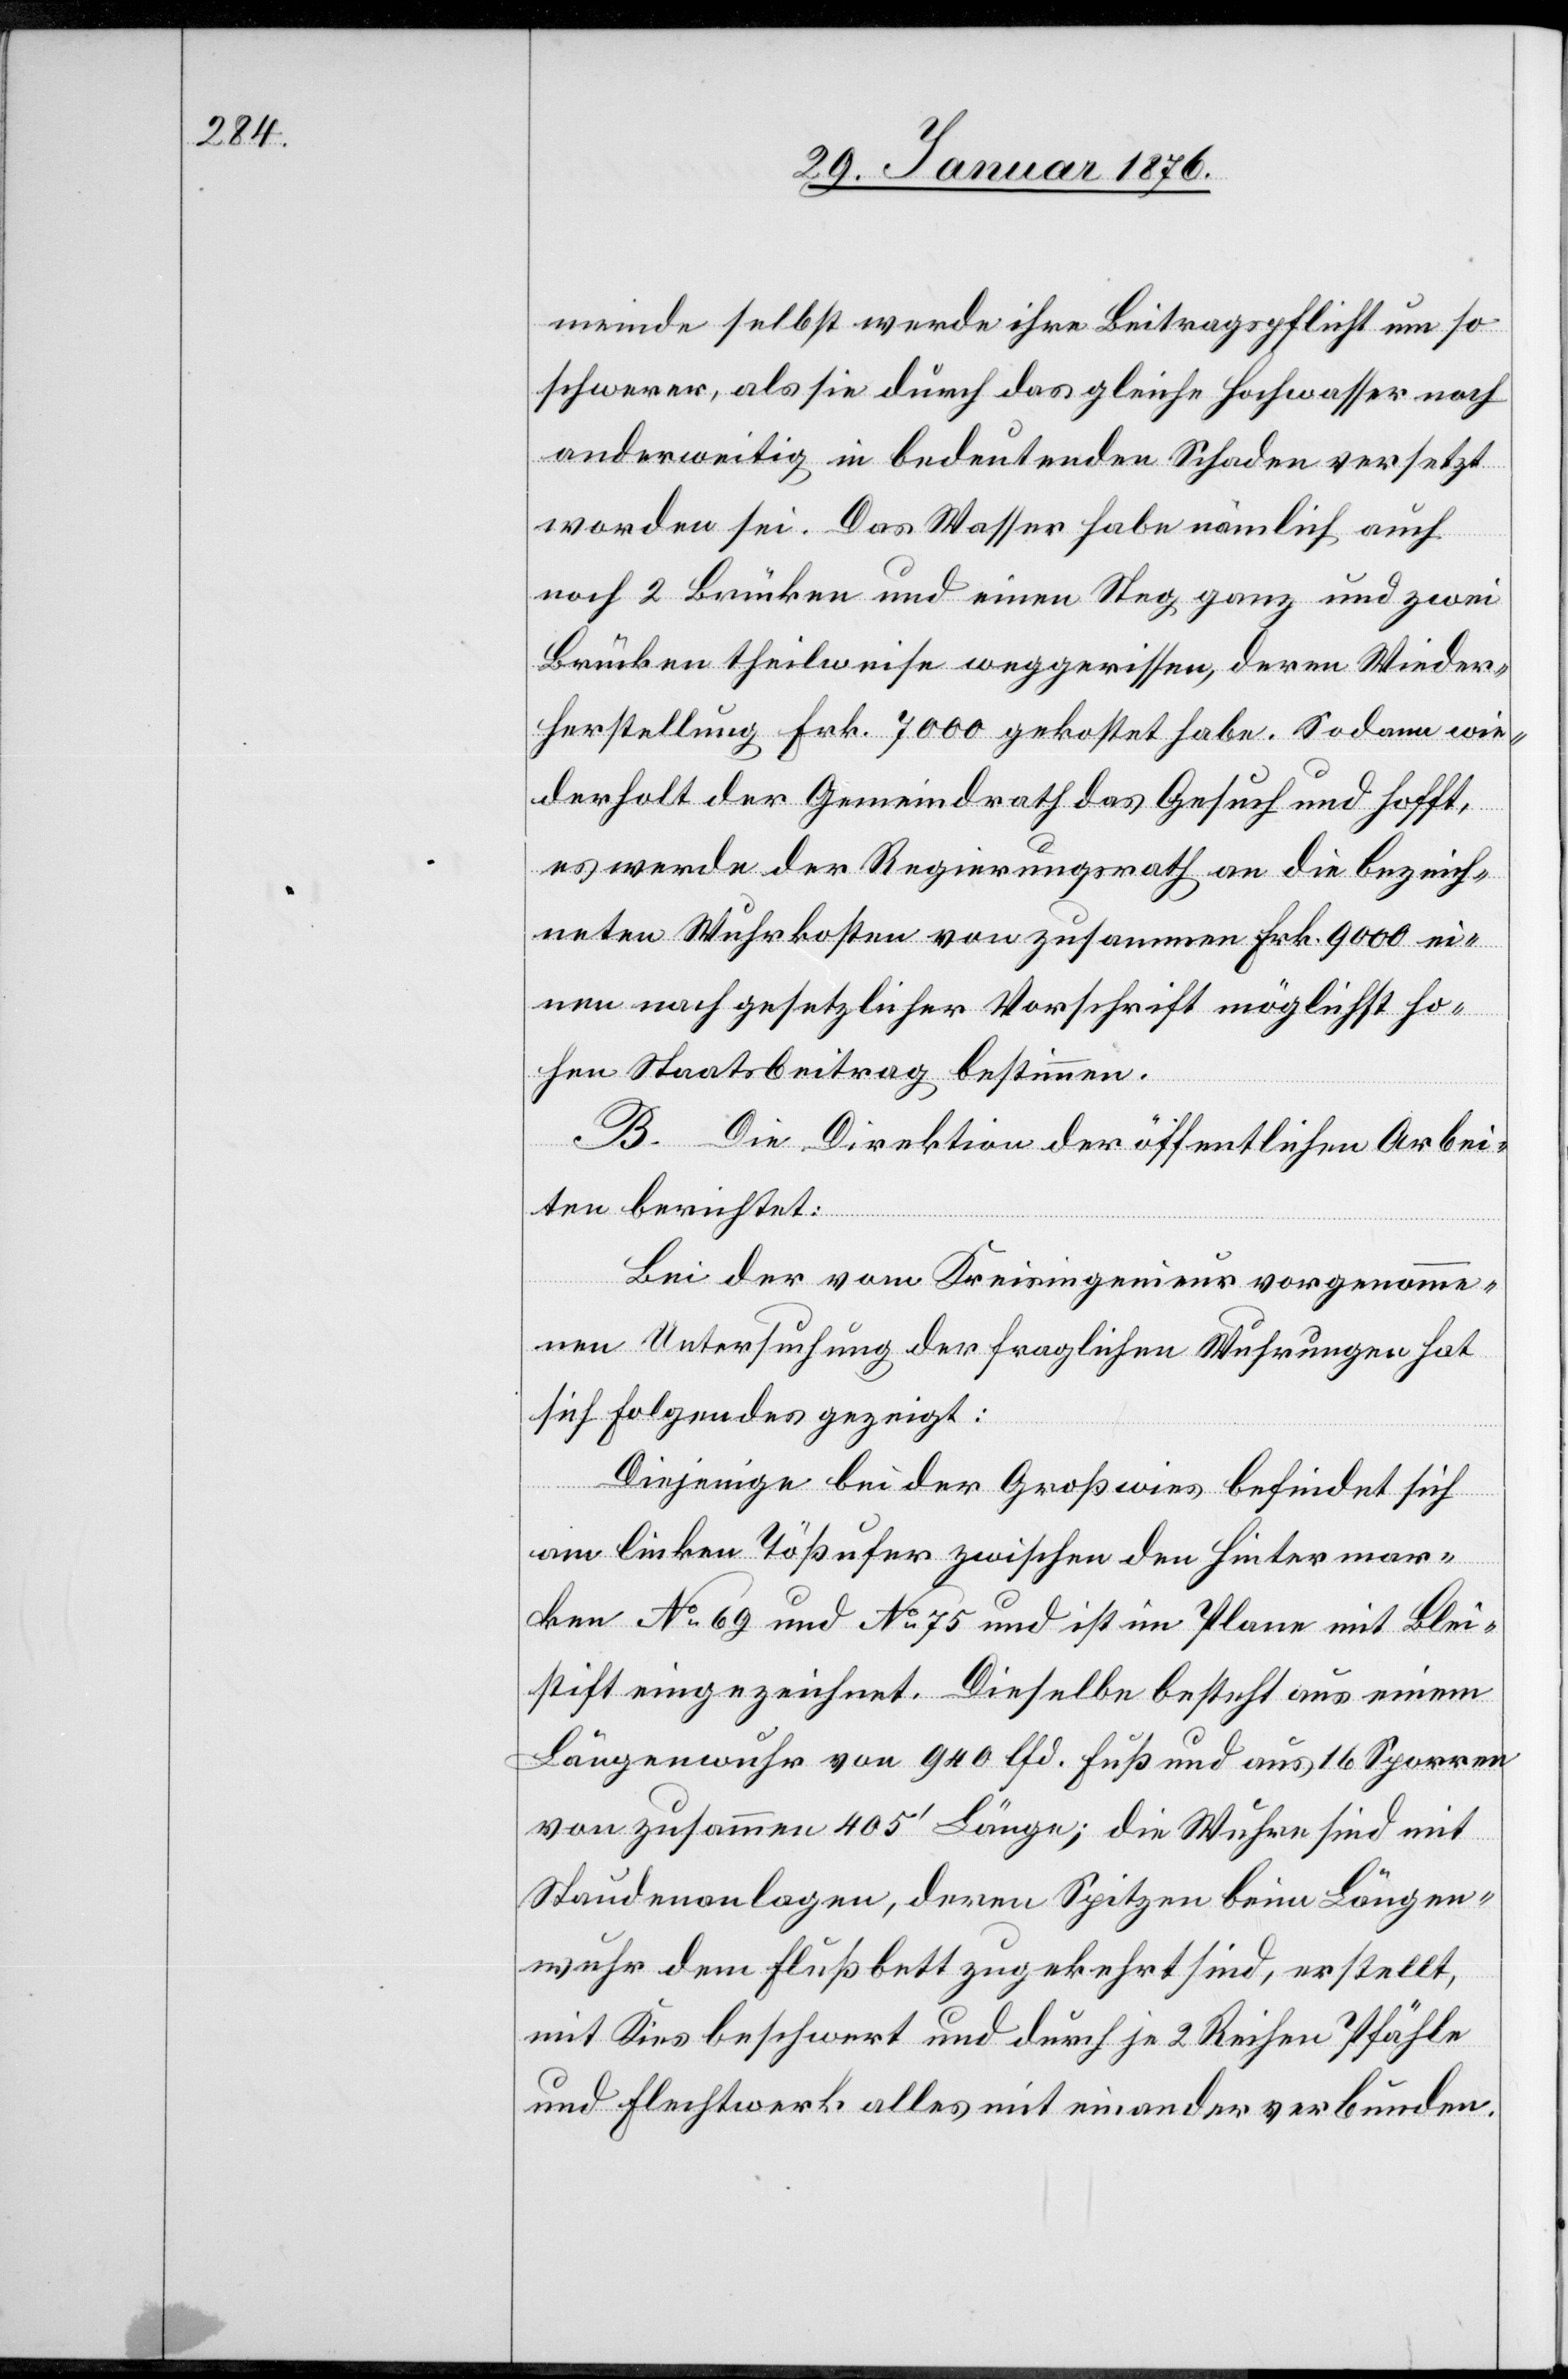
meinde selbst werde ihre Beitragspflichte um so
schwerer, als sie durch das gleiche Hochwasser noch
anderweitig in bedeutenden Schaden versetzt
worden sei. Das Wasser habe nämlich auch
noch 2 Brücken und einen Steg ganz und zwei
Brücken theilweise weggerissen, deren Wieder¬
herstellung Frk. 7000 gekostet habe. So dann wie¬
derholt der Gemeindrath das Gesuch und hofft,
es werde der Regierungsrath an die bezeich¬
neten Wuhrkosten von zusammen Frk. 9000 ei¬
nen nach gesetzlicher Vorschrift möglichst ho¬
hen Staatsbeitrag bestimmen.
B. Die Direktion der öffentlichen Arbei¬
ten berichtet:
Bei der vom Kreisingenieur vorgenomme¬
nen Untersuchung der fraglichen Wuhrung hat
sich Folgendes gezeigt:
Diejenige bei der Großwies befindet sich
am linken Tößufer zwischen den Hintermar¬
ken No. 69 und No. 75 und ist im Plane mit Blei¬
stift eingezeichnet. Dieselbe besteht aus einem
Längenwuhr von 940 lfd. Fuß und aus 16 Sporren
von zusammen 405‘ Länge; die Wuhre sind mit
Staudenanlagen, deren Spitzen beim Längen¬
wuhr dem Flußbett zugekehrt sind, erstellt,
mit Kies beschwert und durch je 2 Reihen Pfähle
und Flechtwerk alles mit einander verbunden.